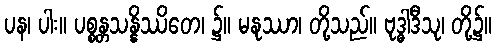
ပန၊ ပါး။ ပစ္စန္တသန္နိဿိတေ၊ ၌။ မနုဿာ၊ တို့သည်။ ဗုဒ္ဓါဒီသု၊ တို့၌။